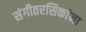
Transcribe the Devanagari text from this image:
संगीतरसिकांना